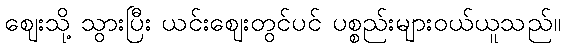
ဈေးသို့ သွားပြီး ယင်းဈေးတွင်ပင် ပစ္စည်းများဝယ်ယူသည်။